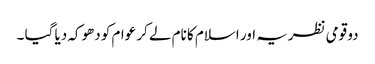
دو قومی نظریہ اور اسلام کا نام لے کر عوام کو دھوکہ دیا گیا ۔